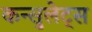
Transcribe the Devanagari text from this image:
कन्सुलेट्स